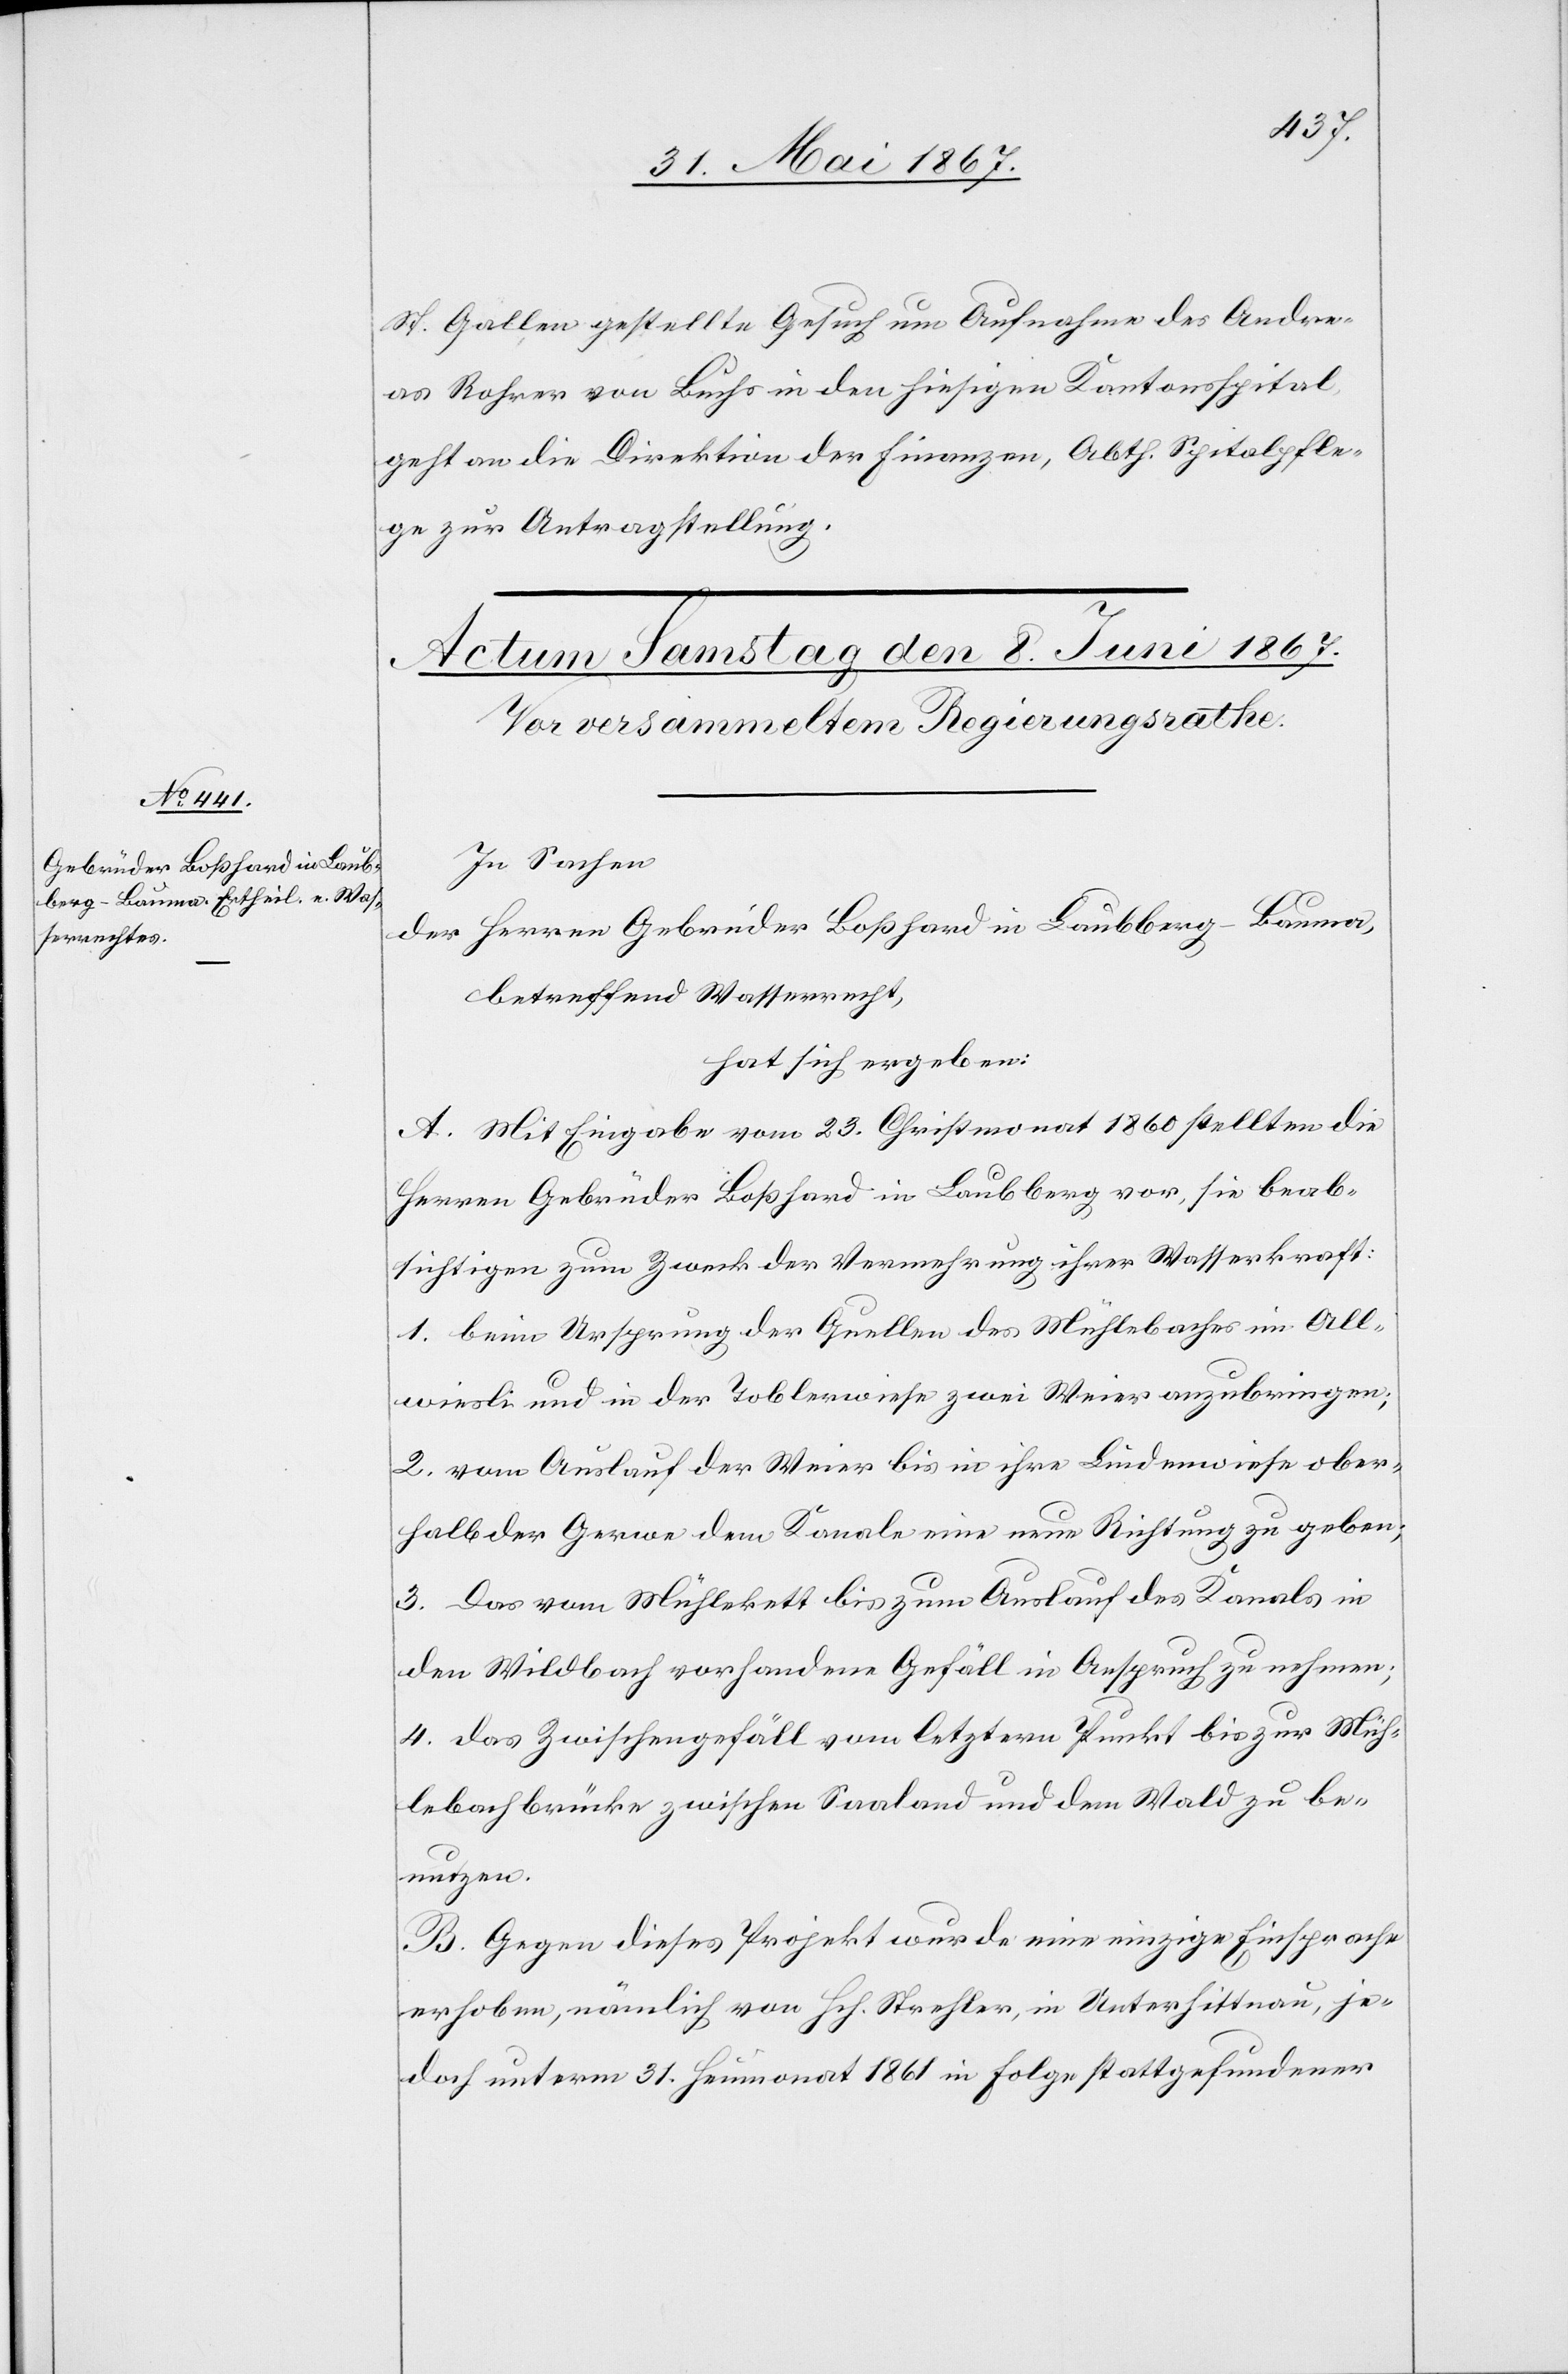
St. Gallen gestellte Gesuch um Aufnahme des Andre¬
as Rohrer von Buchs in den hiesigen Kantonsspital
geht an die Direktion der Finanzen, Abth. Spitalpfle¬
ge zur Antragstellung.
In Sachen
der Herren Gebrüder Boßhard in Laubberg-Bauma,
betreffend Wasserrecht,
hat sich ergeben:
A. Mit Eingabe vom 23. Christmonat 1860 stellten die
Herren Gebrüder Boßhard in Laubberg vor, sie beab¬
sichtigen zum Zweck der Vermehrung ihrer Wasserkraft:
1. beim Ursprung der Quellen des Mühlebaches im All¬
wiesli und in der Toblerwiese zwei Weier anzubringen;
2. vom Auslauf der Weier bis in ihre Lindenwiese ober¬
halb der Gerwe dem Kanale eine neue Richtung zu geben;
3. Das vom Mühlebett bis zum Auslauf des Kanals in
den Wildbach vorhandene Gefäll in Anspruch zu nehmen;
4. das Zwischengefäll vom letztern Punkt bis zur Müh¬
lebachbrücke zwischen Saaland und dem Wald zu be¬
nutzen.
B. Gegen dieses Projekt wurde eine einzige Einsprache
erhoben, nämlich von Hch. Strehler, in Unterhittnau, je¬
doch unterm 31. Heumonat 1861 in Folge stattgefundener